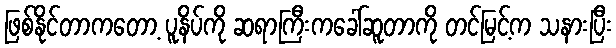
ဖြစ်နိုင်တာကတော့ ပူနိပ်ကို ဆရာကြီးကခေါ်ဆူတာကို တင်မြင့်က သနားပြီး